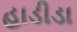
હાડીડા